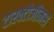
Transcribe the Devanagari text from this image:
टारक्टोजीनस